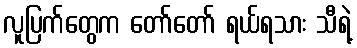
လူပြက်တွေက တော်တော် ရယ်ရသား သီရဲ့